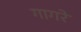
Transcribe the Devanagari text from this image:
गागरे